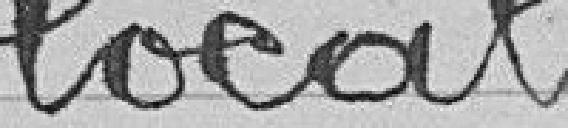
local